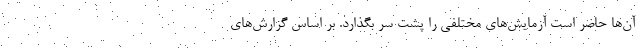
آن‌ها حاضر است آزمایش‌های مختلفی را پشت سر بگذارد. بر اساس گزارش‌های